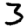
Digit: 3